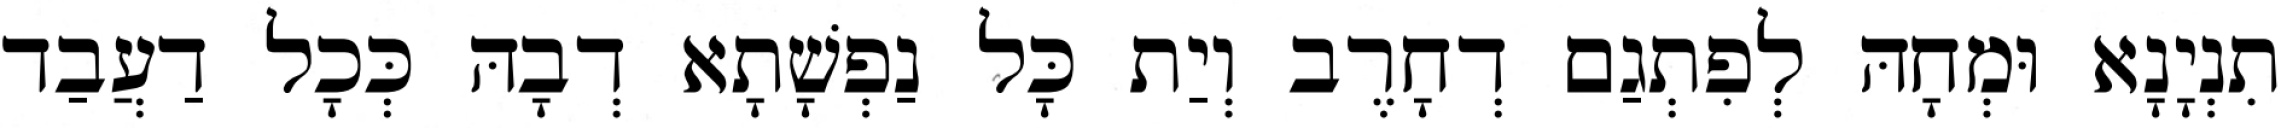
תִנְיָנָא וּמְחָהּ לְפִתְגַם דְחָרֶב וְיַת כָּל נַפְשָׁתָא דְבָהּ כְּכָל דַעֲבַד